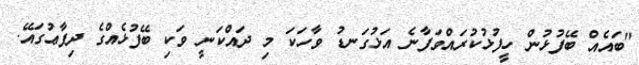
"ބައެއް ބޭފުޅުން ހީފުޅުކުރައްވަފާނެ އަޅުގަނޑު ވާހަކަ މި ދައްކަނީ ވަކި ބޭފުޅެއްގެ ދިފާޢުގައޭ.